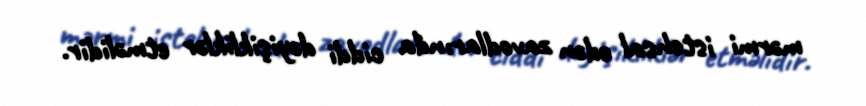
mərmi istehsal edən zavodlarında ciddi dəyişikliklər etməlidir.